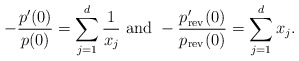
\begin{align*}-\frac{p'(0)}{p(0)}=\sum_{j=1}^d\frac{1}{x_j}~{\rm and}~-\frac{p'_{\rm rev}(0)}{p_{\rm rev}(0)}=\sum_{j=1}^dx_j.\end{align*}